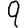
Digit: 9